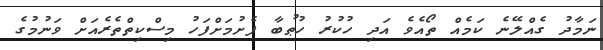
ނަމާދު ގެއްލޭނެ ކަމެއް ތޯއެވެ އަދި ހުކުރު ހުޠުބާ ފެށުމަށްފަހު މިސްކިތްތެރެއަށް ވަނުމުގެ